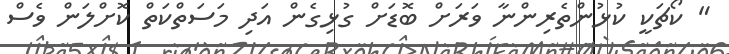
" ކޯޗަކީ ކުޅުންތެރިންނާ ވަރަށް ބޮޑަށް ގުޅިގެން އަދި މަސަތްކަތް ކޮށްލަން ވެސް